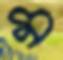
ম